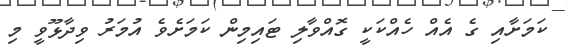
ކަމަށާއި ގެ އެއް ހެއްކަކީ ގޮއްވާާލި ޓައިމިން ކަމަށެވެ އުމަރު ވިދާޅޫވީ މި